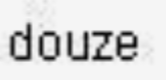
douze